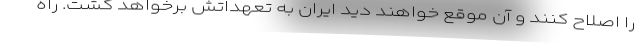
را اصلاح کنند و آن موقع خواهند دید ایران به تعهداتش برخواهد گشت. راه